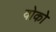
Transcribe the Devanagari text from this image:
वोको